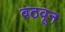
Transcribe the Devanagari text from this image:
वठवून